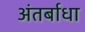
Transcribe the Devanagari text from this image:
अंतर्बाधा